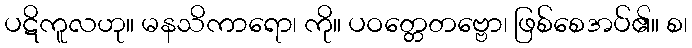
ပဋိကူလဟု။ မနသိကာရော၊ ကို။ ပဝတ္တေတဗ္ဗော၊ ဖြစ်စေအပ်၏။ စ၊